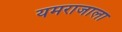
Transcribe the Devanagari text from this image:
यमराजाला